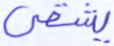
يشقى